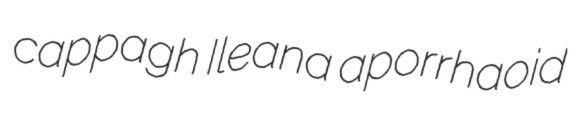
cappagh Ileana aporrhaoid